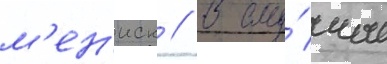
м'ен'иск // В слу́чае